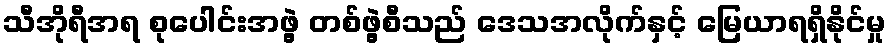
သီအိုရီအရ စုပေါင်းအဖွဲ့ တစ်ဖွဲ့စီသည် ဒေသအလိုက်နှင့် မြေယာရရှိနိုင်မှု